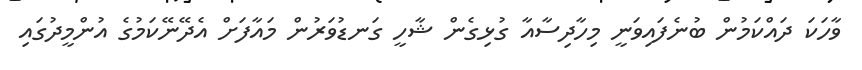
ވާހަކަ ދައްކަމުން ބުނެފައިވަނީ މިހާދިސާއާ ގުޅިގެން ޝާހީ ގަނޑުވަރުން މައާފަށް އެދޭނޭކަމުގެ އުންމީދުގައި